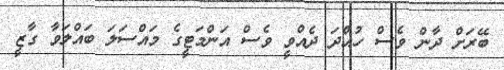
ބޭރަށް ދާން ވެސް ހުއްދަ ދެއްވީ ވެސް އަންމަޓީގެ މައްސަލަ ބައްލަވާ ގާޒީ